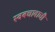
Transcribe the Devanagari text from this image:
स्वबचावाची